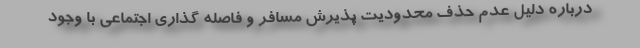
درباره دلیل عدم حذف محدودیت پذیرش مسافر و فاصله گذاری اجتماعی با وجود